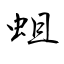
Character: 蛆